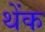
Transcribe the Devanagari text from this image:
थेंक